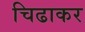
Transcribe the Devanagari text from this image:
चिढाकर